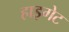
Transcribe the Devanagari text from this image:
हाइगेट